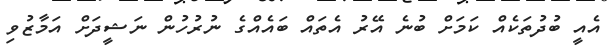
އެއީ ބުދުތަކެއް ކަމަށް ބުނެ އޭރު އެތައް ބައެއްގެ ނުރުހުން ނަޝީދަށް އަމާޒުވި